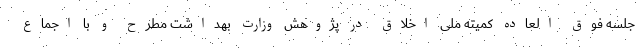
جلسه فوق العاده کمیته ملی اخلاق در پژوهش وزارت بهداشت مطرح و با اجماع